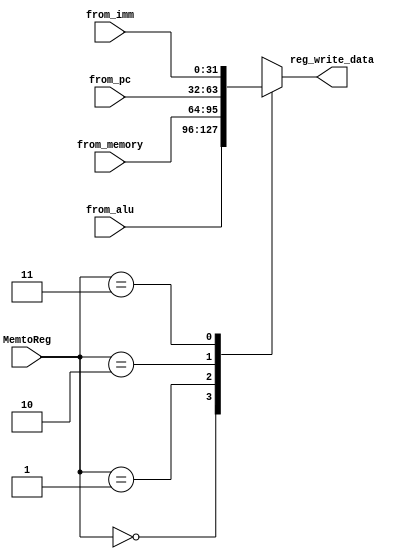
`timescale 1ns / 1ps
//////////////////////////////////////////////////////////////////////////////////
// Company: 
// Engineer: 
// 
// Design Name: 
// Module Name: MUX1
// Project Name: 
// Target Devices: 
// Tool Versions: 
// Description: 
// 
// Dependencies: 
// 
// Revision:
// Revision 0.01 - File Created
// Additional Comments:
// 
//////////////////////////////////////////////////////////////////////////////////


module MUX1(
    input [1:0] MemtoReg,
    input [31:0] from_memory,
    input [31:0] from_alu,
    input [31:0] from_pc,
    input [31:0] from_imm,

    output [31:0] reg_write_data
    );
reg [31:0] temp;
assign reg_write_data=temp;
    always @(*)begin
        case(MemtoReg)
            2'd0:temp=from_alu;
            2'd1:temp=from_memory;
            2'd2:temp=from_pc;
            2'd3:temp=from_imm;
        endcase 
    end
endmodule